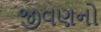
જીવણનો